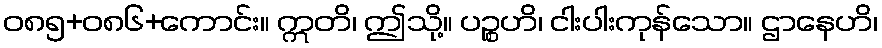
ဝ၈၅+၀၈၆+ကောင်း။ ဣတိ၊ ဤသို့။ ပဉ္စဟိ၊ ငါးပါးကုန်သော။ ဌာနေဟိ၊